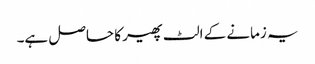
یہ زمانے کے الٹ پھیر کا حاصل ہے۔